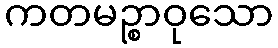
ကတမဉ္စာဝုသော